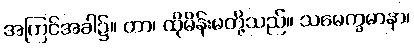
အကြင်အခါ၌။ တာ၊ ထိုမိန်းမတို့သည်။ သမေက္ခမာနာ၊